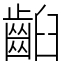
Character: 齨